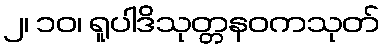
၂၊ ၁၀၊ ရူပါဒိသုတ္တနဝကသုတ်